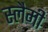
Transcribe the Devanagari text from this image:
स्लैमी